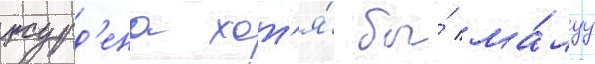
журд'ена хот'я́ бы́ ма́луу